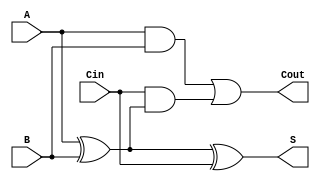
module full_adder (
    input wire A,     // First input bit
    input wire B,     // Second input bit
    input wire Cin,   // Carry-in bit
    output wire S,    // Sum output
    output wire Cout   // Carry-out output
);

// Internal signals for intermediate calculations
wire AxorB;         // Intermediate signal for A XOR B
wire AB;            // Intermediate signal for A AND B
wire CinAndAxorB;  // Intermediate signal for Cin AND (A XOR B)

// Calculate the sum output
assign AxorB = A ^ B;               // A XOR B
assign S = AxorB ^ Cin;             // S = (A XOR B) XOR Cin

// Calculate the carry-out output
assign AB = A & B;                   // A AND B
assign CinAndAxorB = Cin & AxorB;   // Cin AND (A XOR B)
assign Cout = AB | CinAndAxorB;     // Cout = (A AND B) OR (Cin AND (A XOR B))

endmodule